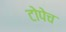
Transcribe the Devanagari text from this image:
टोपेच